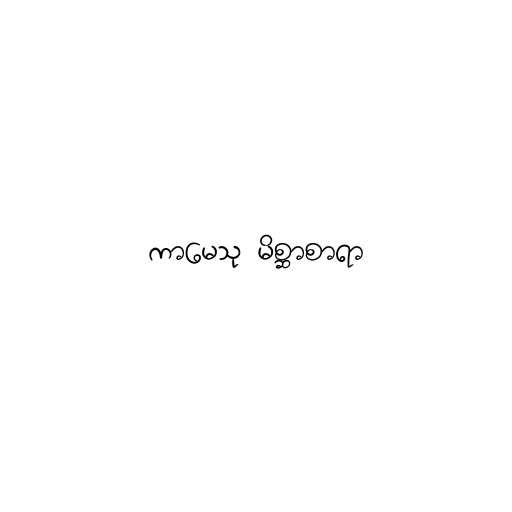
ကာမေသု မိစ္ဆာစာရာ